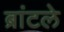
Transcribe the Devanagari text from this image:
ब्रांटले